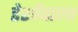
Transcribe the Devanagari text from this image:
रेशोंवाला